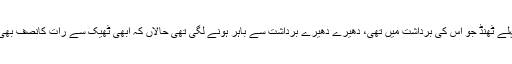
تھوڑی دیر پہلے ٹھنڈ جو اس کی برداشت میں تھی، دھیرے دھیرے برداشت سے باہر ہونے لگی تھی حالاں کہ ابھی ٹھیک سے رات کانصف بھی نہیں ہوا تھا۔